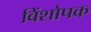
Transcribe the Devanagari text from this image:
विंशोपक